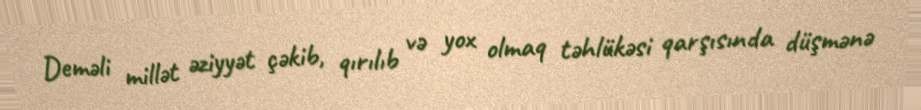
Deməli millət əziyyət çəkib, qırılıb və yox olmaq təhlükəsi qarşısında düşmənə